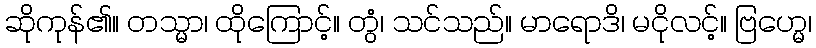
ဆိုကုန်၏။ တသ္မာ၊ ထိုကြောင့်။ တွံ၊ သင်သည်။ မာရောဒိ၊ မငိုလင့်။ ဗြဟ္မေ၊